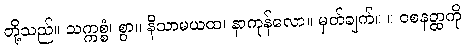
တို့သည်။ သက္ကစ္စံ၊ စွာ။ နိသာမယထ၊ နာကုန်လော။ မှတ်ချက်။ ။ ဝစနတ္ထကို